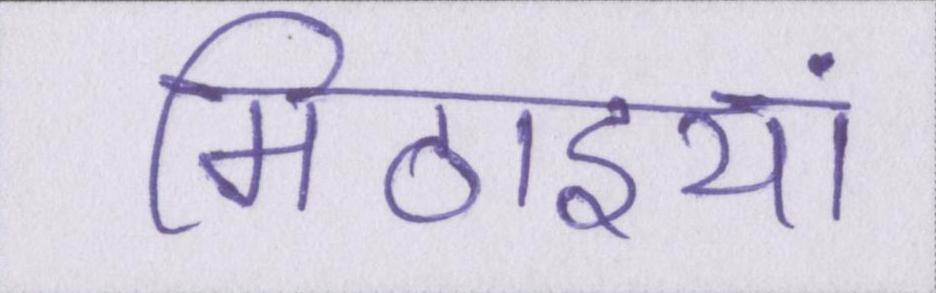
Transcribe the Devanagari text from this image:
मिठाइयां